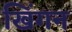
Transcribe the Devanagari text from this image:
खिंगन